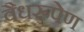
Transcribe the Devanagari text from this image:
वैधरूपेण